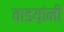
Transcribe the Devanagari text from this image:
वाडय़ांनी